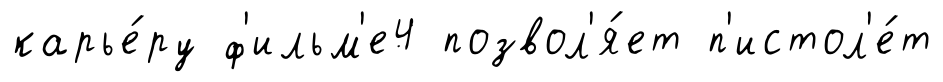
карье́ру ф'ильм'е4 позвол'я́ет п'истол'е́т